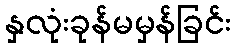
နှလုံးခုန်မမှန်ခြင်း